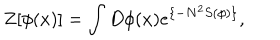
LaTeX: Z [ \phi ( x ) ] = \int D \phi ( x ) e ^ { \{ - N ^ { 2 } S ( \phi ) \} } ,